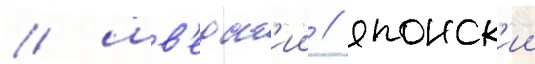
/ шв'едск'ии / японск'ии